Leaving Certificate Examination, 1921
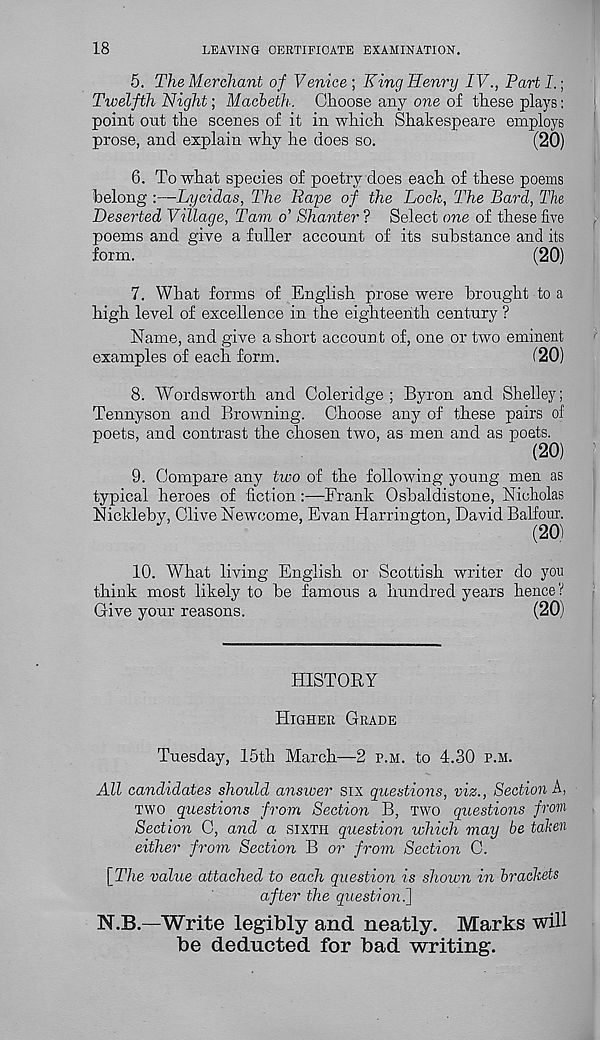
18
LEAVING CERTIFICATE EXAMINATION.
5. The Merchant of Venice ; King Henry IV., Part I.;
Twelfth Night; Macbeth. Choose any one of these plays:
point out the scenes of it in which Shakespeare employs
prose, and explain why he does so.
(20)
6. To what species of poetry does each of these poems
belong :—Lycidas, The Rape of the Lock, The Bard, The
Deserted Village, Tam o’ Shanter ? Select one of these five
poems and give a fuller account of its substance and its
form.
(20)
7. What forms of English prose were brought to a
high level of excellence in the eighteenth century ?
Name, and give a short account of, one or two eminent
examples of each form.
120)
8. Wordsworth and Coleridge; Byron and Shelley;
Tennyson and Browning. Choose any of these pairs of
poets, and contrast the chosen two, as men and as poets.
(20)
9. Compare any two of the following young men as
typical heroes of fiction:—Frank Osbaldistone, Nicholas
Nickleby, Clive Newcome, Evan Harrington, David Balfour.
10. What living English or Scottish writer do you
think most likely to be famous a hundred years hence?
Give your reasons.
(20)
HISTORY
HIGHER GRADE
Tuesday, 15th March—2 P.M. to 4.30 P.M.
All candidates should answer six questions, viz., Section A,
TWO questions from Section B, TWO questions from
Section C, and a SIXTH question which may be taken
either from Section B or from Section C.
[The value attached to each question is shown in brackets
after the question^]
N.B.—Write legibly and neatly. Marks will
be deducted for bad writing.